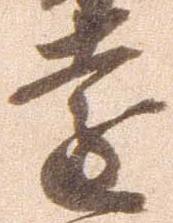
遠